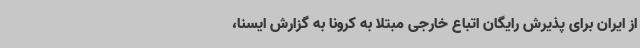
از ایران برای پذیرش رایگان اتباع خارجی مبتلا به کرونا به گزارش ایسنا،